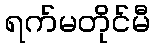
ရက်မတိုင်မီ